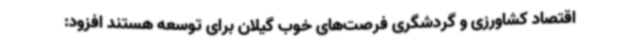
اقتصاد کشاورزی و گردشگری فرصت‌های خوب گیلان برای توسعه هستند افزود: